Vaccination in the Punjab 1883-1896 - 1883-1896
Year: 1883
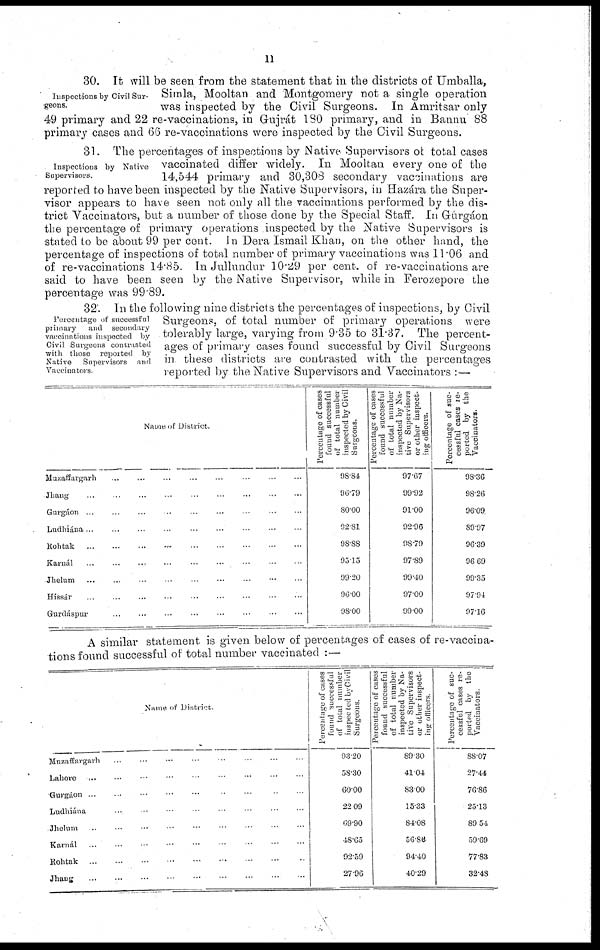
11
Inspections by Civil Sur-
geons.
30. It will be seen from the statement that in the districts of Umballa,
Simla, Mooltan and Montgomery not a single operation
was inspected by the Civil Surgeons. In Amritsar only
49 primary and 22 re-vaccinations, in Gujrát 180 primary, and in Bannu 88
primary cases and 66 re-vaccinations were inspected by the Civil Surgeons.
Inspections by Native
Supervisors.
31. The percentages of inspections by Native Supervisors of total cases
vaccinated differ widely. In Mooltan every one of the
14,544 primary and 30,308 secondary vaccinations are
reported to have been inspected by the Native Supervisors, in Hazára the Super-
visor appears to have seen not only all the vaccinations performed by the dis-
trict Vaccinators, but a number of those done by the Special Staff. In Grurgáon
the percentage of primary operations inspected by the Native Supervisors is
stated to be about 99 per cent. In Dera Ismail Khan, on the other hand, the
percentage of inspections of total number of primary vaccinations was 11.06 and
of re-vaccinations 14.85. In Jullundur 10.29 per cent. of re-vaccinations are
said to have been seen by the Native Supervisor, while in Ferozepore the
percentage was 99.89.
Percentage of successful
primary
and secondary
vaccinations inspected by
Civil Surgeons contrasted
with those reported by
Native Supervisors and
Vaccinators
32. In the following nine districts the percentages of inspections, by Civil
Surgeons, of total number of primary operations were
tolerably large, varying from 9.35 to 31.37. The percent-
ages of primary cases found successful by Civil Surgeons
in these districts are contrasted with the percentages
reported by the Native Supervisors and Vaccinators : —
Name of District
Muzaffargarh ... ... ... ... ... ... ... ...
Jhang
...
...
...
...
...
...
...
...
...
Gurgáon ... ... ... ... ... ... ... ... ...
Ludhiána ... ... ... ... ... ... ... ... ...
Rohtak ... ... ... ... ... ... ... ... ...
Karnál ... ... ... ... ... ... ... ... ...
Jhelum ... ... ... ... ... ... ... ... ...
Hissár ... ... ... ... ... ... ... ... ...
Gurdáspur ... ... ... ... ... ... ... ...
Percentage of cases
found successful
of total number
inspected by Civil
Surgeons.
98.84
96.79
80.00
92.81
98.88
93.15
99.20
96.00
98.00
Percentage of cases
found successful
of total number
inspected by Na-
tive Supervisors
or other inspect-
ing officers.
97.07
99.92
91.00
92.96
98.79
97.89
99.40
97.00
99.00
Percentage of suc¬
cessful cases re-
ported by the
Vaccinators.
98.36
98.26
96.09
89.97
96.39
96.69
99.35
97.94
97.16
A similar statement is given below of percentages of cases of re-vaccina-
tions found successful of total number vaccinated :—
Name of District
Muzaffargarh ... ... ... ... ... ... ... ...
Lahore ... ... ... ... ... ... ... ... ...
Gurgáon ... ... ... ... ... ... ... ... ...
Ludhiána ... ... ... ... ... ... ... ... ...
Jhelum ... ... ... ... ... ... ... ... ...
Karnál ... ... ... ... ... ... ... ... ...
Rohtak ... ... ... ... ... ... ... ... ...
Jhang ... ... ... ... ... ... ... ... ...
Percentage of cases
found successful
of total number
inspected by Civil
Surgeons
93.20
58.30
60.00
22.09
09.90
48.65
92.59
27.96
Percentage of cases
found successful
of total number
inspected by Na-
tive Supervisors
or other inspect-
ing officers
89.30
41.04
83.00
15.33
84.08
56.86
94.40
40.29
Percentage of suc-
cessful cases re-
ported by the
Vaccinators
88.07
27.44
76.86
25.13
89.54
59.69
77.83
32.48